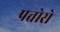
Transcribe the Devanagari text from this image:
पत्तोसे